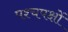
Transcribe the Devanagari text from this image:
पश्चपक्षों